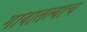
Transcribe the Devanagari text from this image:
गावातल्याच